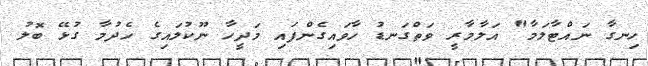
ހިނގާ ނައްޓާލަމާ" އަލާމާރީ ވަތްގަނޑު ހާވައިގެންފައި މަދީހާ ނޫކުލައިގެ ހެދުމާ ގުޅޭ ބޮލު